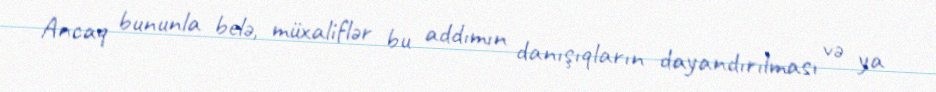
Ancaq bununla belə, müxaliflər bu addımın danışıqların dayandırılması və ya